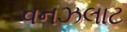
વનઝલાટ